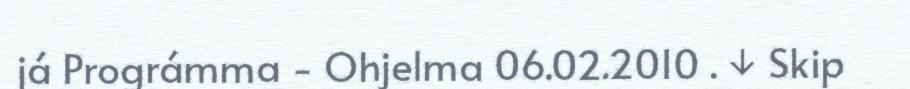
já Prográmma - Ohjelma 06.02.2010 . ↓ Skip